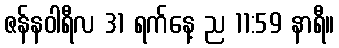
ဇန်နဝါရီလ 31 ရက်နေ့ ည 11:59 နာရီ။